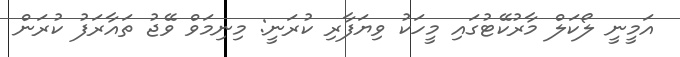
އަމީނީ ލޯކަލް މާރުކޭޓުގައި މީހަކު ވިޔަފާރި ކުރަނީ: މިނިމަވް ވޭޖު ތައާރަފު ކުރަން